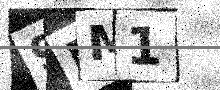
Text: 9PM1